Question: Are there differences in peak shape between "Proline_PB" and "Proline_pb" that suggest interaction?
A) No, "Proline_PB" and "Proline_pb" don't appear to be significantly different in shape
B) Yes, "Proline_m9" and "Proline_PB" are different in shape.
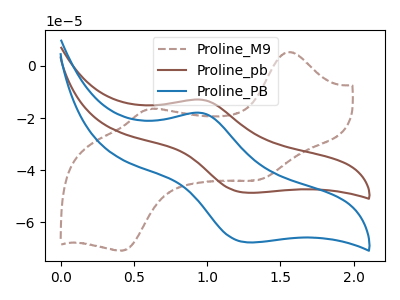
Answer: <think>The brown dashed curve "Proline_M9" has anodic peaks at (1.55V, 5.35uA) (0.60V, -16.65uA) and cathodic peaks at (1.35V, -43.65uA) (0.40V, -70.90uA). The brown curve "Proline_pb" has an anodic peak at (0.95V, -12.95uA) and a cathodic peak at (1.25V, -48.65uA). The blue curve "Proline_PB" has an anodic peak at (0.95V, -18.05uA) and a cathodic peak at (1.25V, -67.70uA).
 All the peaks in "Proline_PB" have a peak in "Proline_pb" at the same potential.</think>
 <answer>A) No, "Proline_PB" and "Proline_pb" don't appear to be significantly different in shape</answer>
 <eval>A</eval>